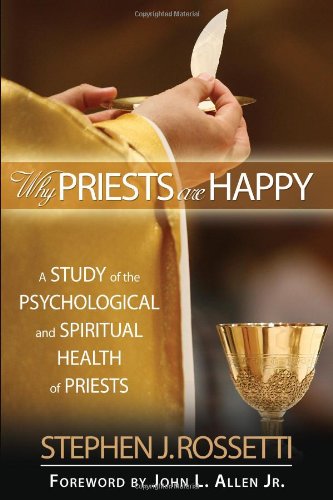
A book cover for Why Priests Are Happy: A Study of the Psychological and Spiritual Health of Priests (Ave Maria Press); Stephen J. Rossetti; Christian Books & Bibles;